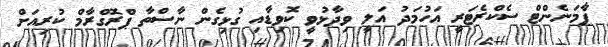
ޕާމަނެންޓް ސެކްރެޓަރީ އަހުމަދު އަލީ ވިދާޅުވީ ކޮވިޑާއި ގުޅިގެން ނާސްތާ ޕްރޮގްރާމް ކުރިއަށް